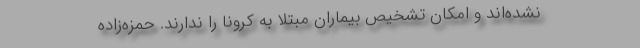
نشده‌اند و امکان تشخیص بیماران مبتلا به کرونا را ندارند. حمزه‌زاده